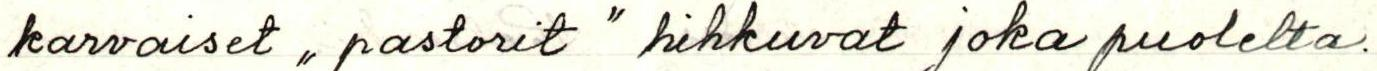
karvaiset "pastorit" hihkuvat joka puolelta.